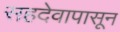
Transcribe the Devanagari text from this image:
सहदेवापासून